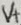
Text: V+